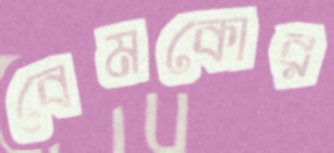
বেমকোর